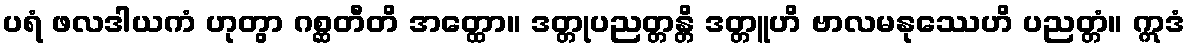
ပရံ ဖလဒါယကံ ဟုတွာ ဂစ္ဆတီတိ အတ္ထော။ ဒတ္တုပညတ္တန္တိ ဒတ္တူဟိ ဗာလမနုဿေဟိ ပညတ္တံ။ ဣဒံ